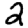
Digit: 2